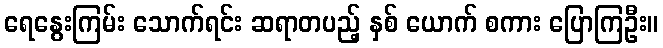
ရေနွေးကြမ်း သောက်ရင်း ဆရာတပည့် နှစ် ယောက် စကား ပြောကြဦး။